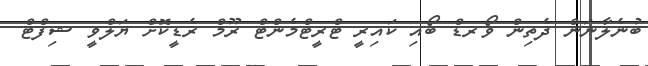
ބުނެލާނަން ދެތިން ވޯރޑް ބޯއި ކައިރީ ޓްރީޓްމެންޓް ރޫމް ރެޑީކޮށް ޔަލްވީ ޝިފްޓް